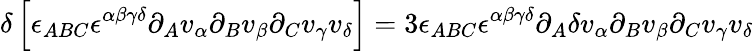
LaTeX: \delta\left[\epsilon_{ABC}\epsilon^{\alpha\beta\gamma\delta}\partial_{A}v_{\alpha}\partial_{B}v_{\beta}\partial_{C}v_{\gamma}v_{\delta}\right]=3\epsilon_{ABC}\epsilon^{\alpha\beta\gamma\delta}\partial_{A}\delta v_{\alpha}\partial_{B}v_{\beta}\partial_{C}v_{\gamma}v_{\delta}